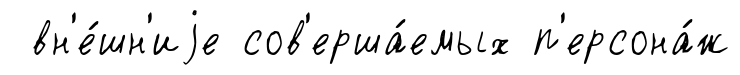
вн'е́шн'иjе сов'ерша́емых п'ерсона́ж